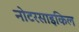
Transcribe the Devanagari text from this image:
नोटरसाइकिल